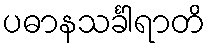
ပဓာနသင်္ခါရာတိ